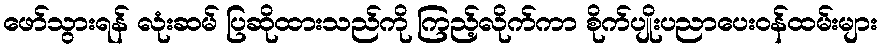
ဖော်သွားရန် လုံးဆမ် ပြဆိုထားသည်ကို ကြည့်လိုက်ကာ စိုက်ပျိုးပညာပေးဝန်ထမ်းများ